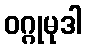
ဝဂ္ဂုမုဒါ